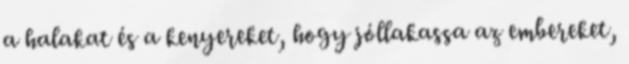
a halakat és a kenyereket, hogy jóllakassa az embereket,